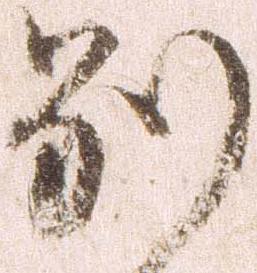
別